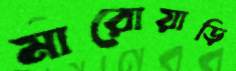
মারোয়াড়ি